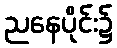
ညနေပိုင်း၌